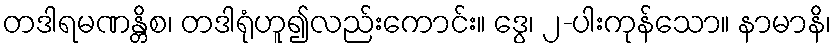
တဒါရမဏန္တိစ၊ တဒါရုံဟူ၍လည်းကောင်း။ ဒွေ၊ ၂-ပါးကုန်သော။ နာမာနိ၊